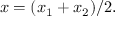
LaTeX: x = ( x _ { 1 } + x _ { 2 } ) / 2 .